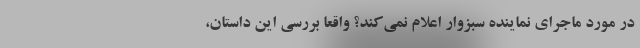
در مورد ماجرای نماینده سبزوار اعلام نمی‌کند؟ واقعا بررسی این داستان،